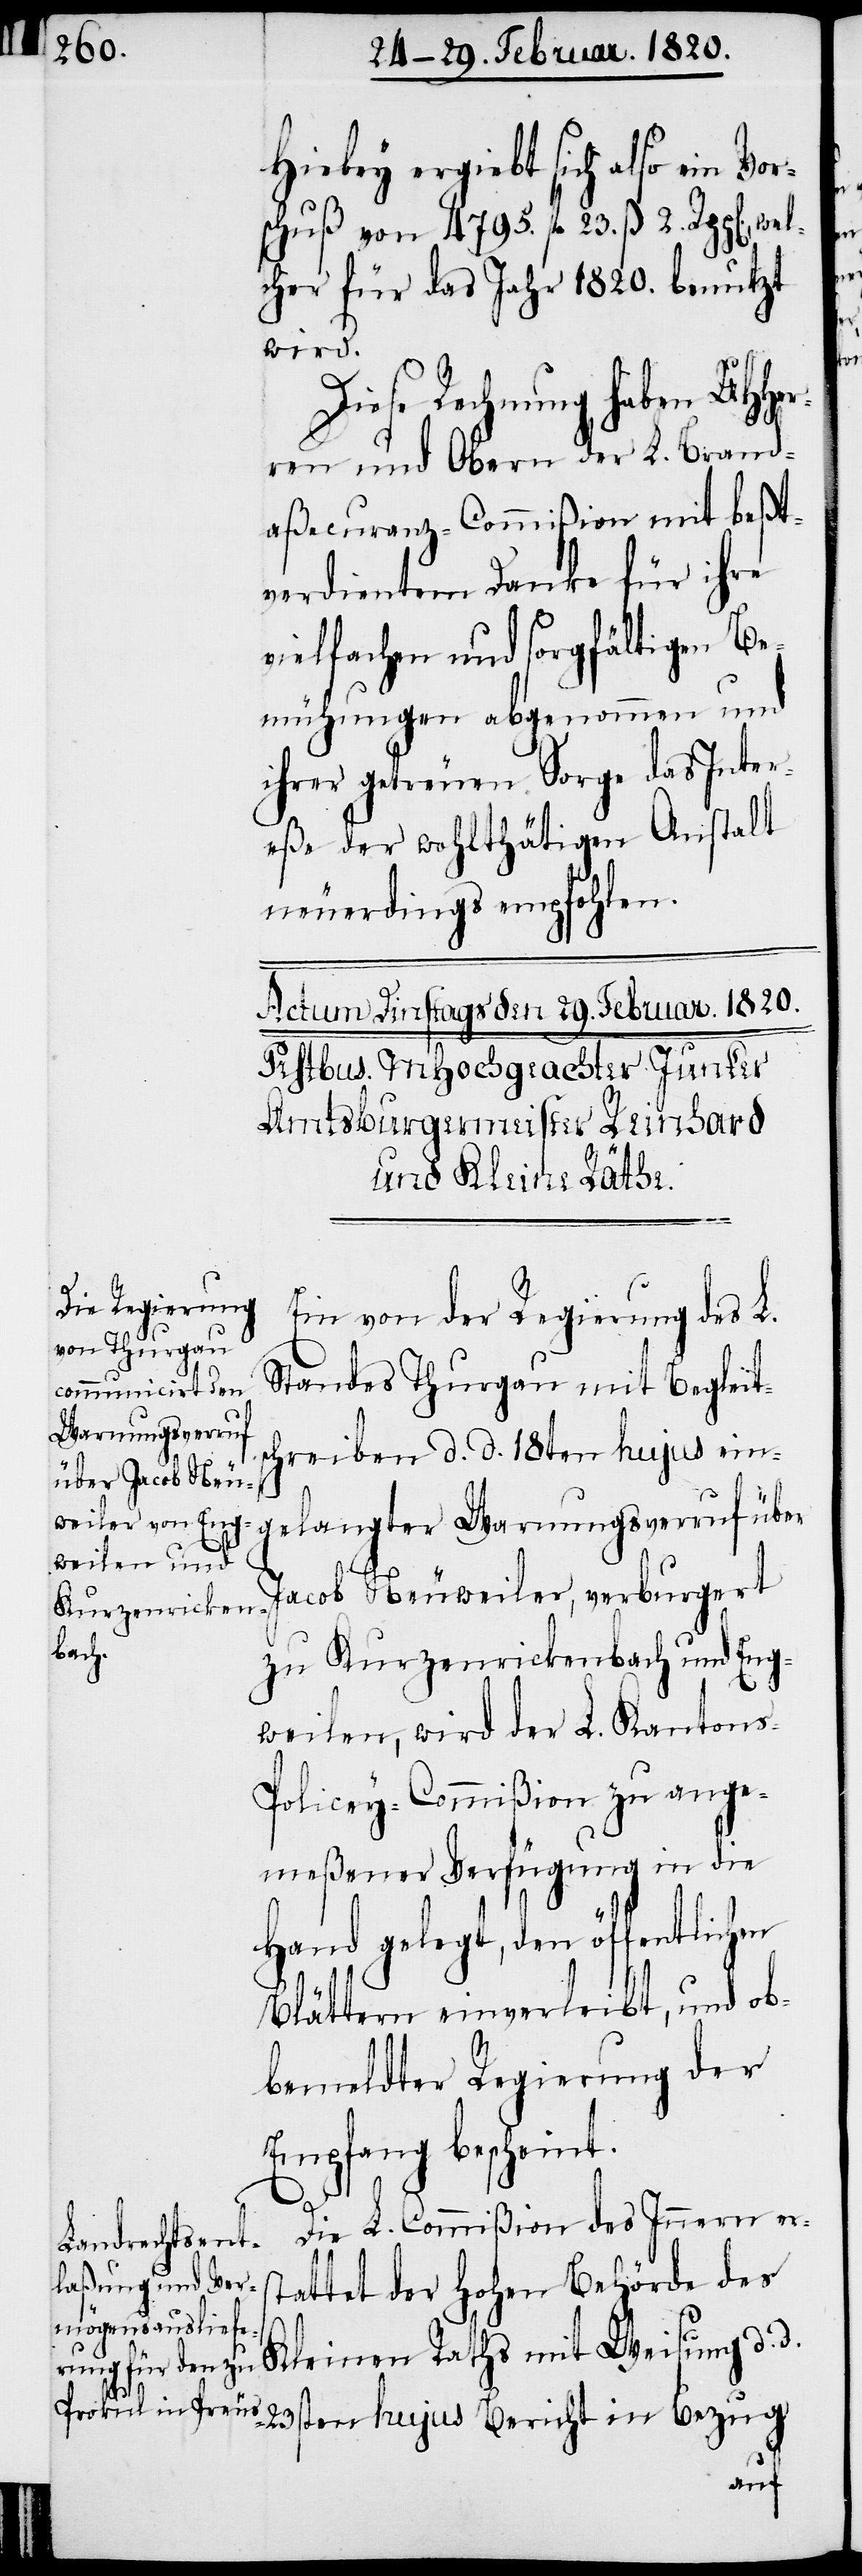
Hiebey ergiebt sich also ein Vo¬
schuß von 4795. fl 23. ß 2. Rpp[en].,
lcher für das Jahr 1820. benutzt
wird.
Diese Rechnung haben UHHer¬
ren und Obern der L. Brand¬
aßecuranz-Commißion mit beßt¬
verdientem Danke für ihre
vielfachen und sorgfältigen Be¬
mühungen abgenommen und
ihrer getreuen Sorge das Inter¬
eße der wohlthätigen Anstalt
neuerdings empfohlen.
Ein von der Regierung des L.
Standes Thurgau mit Begleit¬
chreiben d. d. 18ten hujus ein¬
st¬
gelangter Warnungsverruf über
Jacob Neuweiler, verburgert
zu Kurzenrickenbach und Eng¬
weilen, wird der L. Kantons-P¬
olicey-Commißion zu ange¬
meßener Verfügung in die
Hand gelegt, den öffentlichen
Blättern einverleibt, und ob¬
bemeldter Regierung der
Empfang bescheint.
Die L. Commißion des Innern er¬
attet der Hohen Behörde des
Kleinen Raths mit Weisung d. d.
23sten hujus Bericht in Bezug